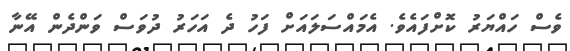
ވެސް ހައްޔަރު ކޮށްފައެވެ. އެމައްސަލައަށް ފަހު ދެ އަހަރު ދުވަސް ވަންދެން އޭނާ